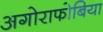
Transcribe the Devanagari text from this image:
अगोराफोबिया